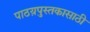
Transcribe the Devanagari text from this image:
पाठय़पुस्तकासाठी